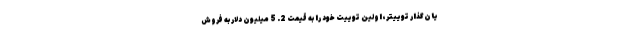
یان‌گذار توییتر، اولین توییت خود را به قیمت 2. 5 میلیون دلار به فروش